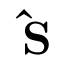
{ \bf \hat { S } }